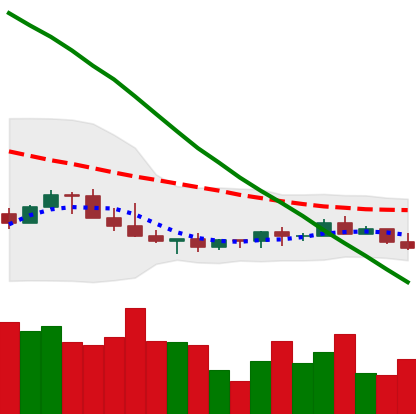
Ticker: LINK-USD
Chart end date: 2022-07-11
Forward return: 8.818%
Label: up_7plus